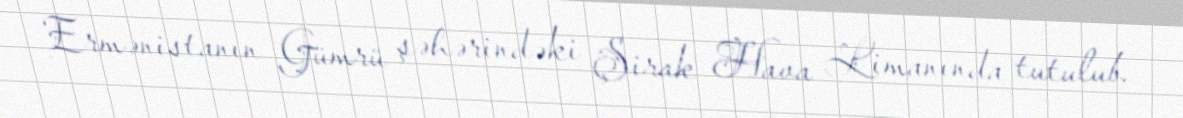
Ermənistanın Gümrü şəhərindəki Şirak Hava Limanında tutulub.